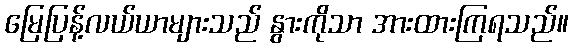
မြေပြန့်လယ်ယာများသည် နွားကိုသာ အားထားကြရသည်။